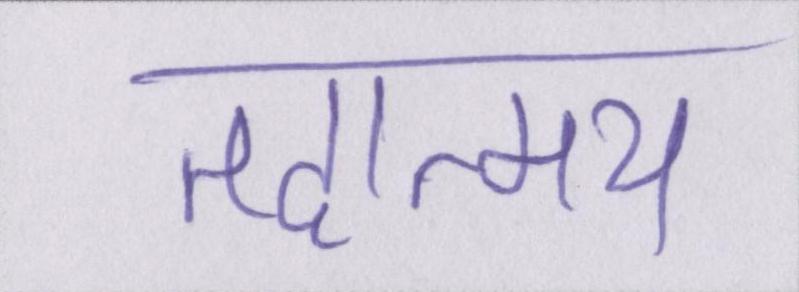
तदात्म्य